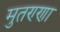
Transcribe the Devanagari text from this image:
मुतण्णा